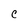
Character: C